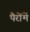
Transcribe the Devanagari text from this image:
पैरोंमें